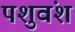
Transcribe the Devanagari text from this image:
पशुवंश